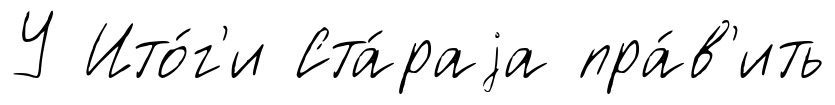
У Ито́г'и Ста́раjа пра́в'ить